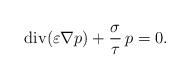
LaTeX: \begin{align*} \operatorname{div}(\varepsilon \nabla p) + \frac{\sigma}{\tau} \, p =0.\end{align*}